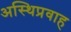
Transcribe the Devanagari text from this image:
अस्थिप्रवाह